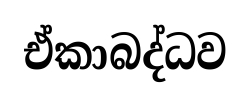
ඒකාබද්ධව